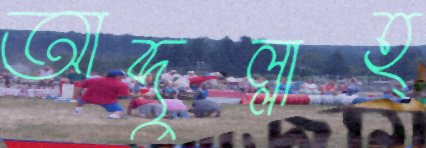
আব্দুল্লাহ্